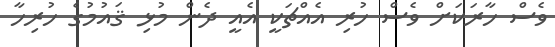
ވެސް ހާރަކަށް ވެސް ހުރި އެއްޗަކީ އެއީ ދެން މުޅި ޤައުމުގެ ހުރިހާ